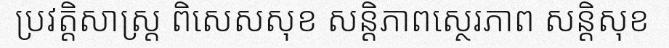
ប្រវត្តិសាស្ត្រ ពិសេសសុខ សន្តិភាពស្ថេរភាព សន្តិសុខ